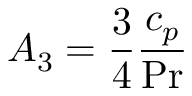
A _ { 3 } = \frac { 3 } { 4 } \frac { c _ { p } } { \operatorname* { P r } }